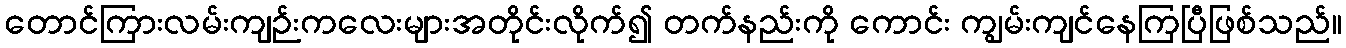
တောင်ကြားလမ်းကျဉ်းကလေးများအတိုင်းလိုက်၍ တက်နည်းကို ကောင်း ကျွမ်းကျင်နေကြပြီဖြစ်သည်။